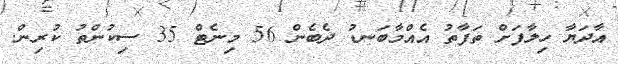
އާދަޔާ ހިލާފަށް ތަފާތު އެއްމާބަނޑު ދެބެން 56 މިނެޓް 35 ސިކުންތު ކުރިން.